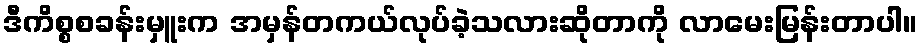
ဒီကိစ္စစခန်းမှူးက အမှန်တကယ်လုပ်ခဲ့သလားဆိုတာကို လာမေးမြန်းတာပါ။